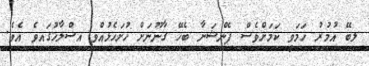
ލިބޭ އުމުރު ހަމަވީ ކަަމަށްވެސް ޕެންޝަނާ ބެހޭ ގާނޫނަށް ހުށަހެޅުއްވި އިސްލާހުގައިވެ އެވެ.